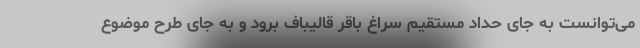
می‌توانست به جای حداد مستقیم سراغ باقر قالیباف برود و به جای طرح موضوع